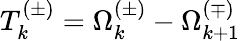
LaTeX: T_{k}^{(\pm)}=\Omega_{k}^{(\pm)}-\Omega_{k+1}^{(\mp)}